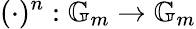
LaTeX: (\cdot)^{n}:\mathbb{G}_{m}\to\mathbb{G}_{m}